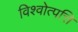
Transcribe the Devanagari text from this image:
विश्वोत्पत्ति